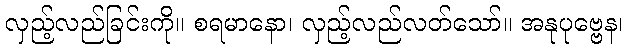
လှည့်လည်ခြင်းကို။ စရမာနော၊ လှည့်လည်လတ်သော်။ အနုပုဗ္ဗေန၊